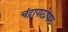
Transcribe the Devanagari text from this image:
चंद्रापाठोपाठ